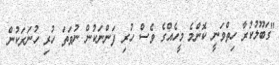
"ގަބޫލުކުރާ ހިތްވަނީ ކޮންމެ މީހެއްގެ ވެސް ހުރި ފަންނަކުން ނުވަތަ ހުރި ހުނަރަކުން